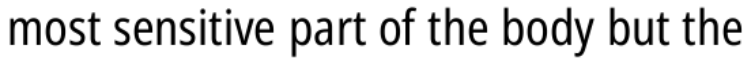
most sensitive part of the body but the